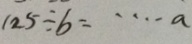
1 2 5 \div b = \cdots a